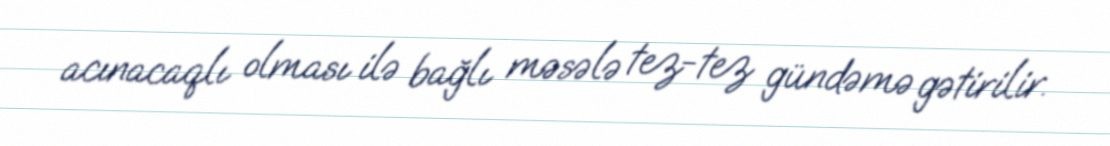
acınacaqlı olması ilə bağlı məsələ tez-tez gündəmə gətirilir.